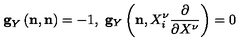
{ } { \bf g } _ { Y } \left( { \bf n } , { \bf n } \right) = - 1 , \ { \bf g } _ { Y } \left( { \bf n } , X _ { i } ^ { \nu } \frac { \partial } { \partial X ^ { \nu } } \right) = 0